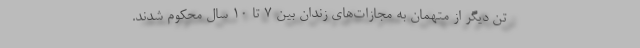
تن دیگر از متهمان به مجازات‌های زندان بین ۷ تا ۱۰ سال محکوم شدند.